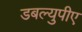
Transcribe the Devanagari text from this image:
डबल्युपीए